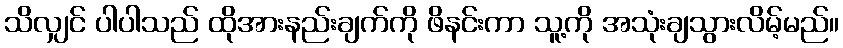
သိလျှင် ပါပါသည် ထိုအားနည်းချက်ကို ဖိနင်းကာ သူ့ကို အသုံးချသွားလိမ့်မည်။